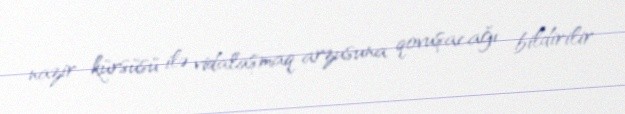
nazir kürsüsü ilə vidalaşmaq arzusuna qovuşacağı bildirilir.